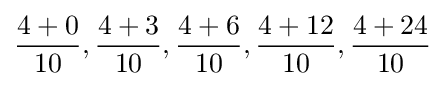
{\frac {4+0}{10}},{\frac {4+3}{10}},{\frac {4+6}{10}},{\frac {4+12}{10}},{\frac {4+24}{10}}